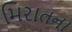
મિરાતના